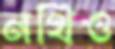
নথিও